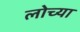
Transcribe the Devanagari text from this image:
लोच्या